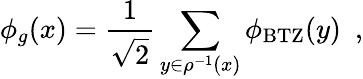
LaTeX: \phi_{g}(x)={\frac{1}{\sqrt{2}}}\sum_{y\in\rho^{-1}(x)}\phi_{\mathrm{{BTZ}}}(y)\ \ ,